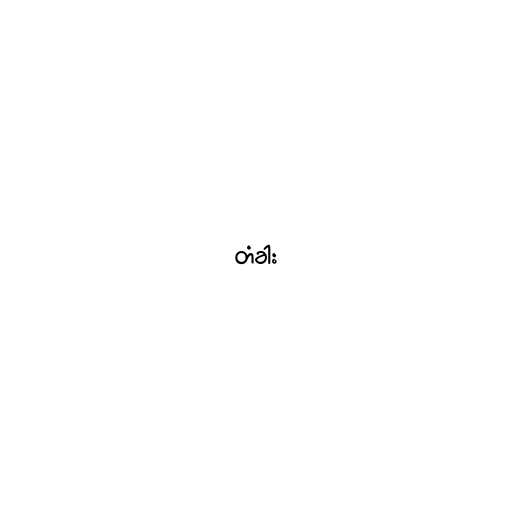
တံခါး